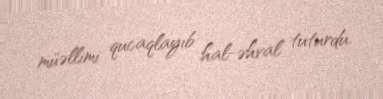
müəllimi qucaqlayıb hal-əhval tuturdu.